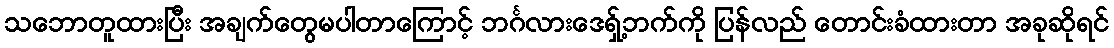
သဘောတူထားပြီး အချက်တွေမပါတာကြောင့် ဘင်္ဂလားဒေရှ့်ဘက်ကို ပြန်လည် တောင်းခံထားတာ အခုဆိုရင်